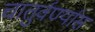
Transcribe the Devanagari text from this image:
चातुर्वर्ण्यास